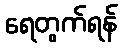
ရေတွက်ရန်